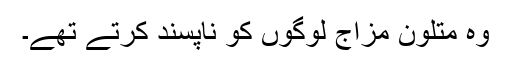
وہ متلون مزاج لوگوں کو ناپسند کرتے تھے۔